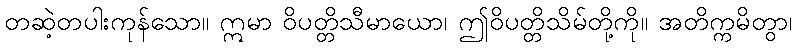
တဆဲ့တပါးကုန်သော။ ဣမာ ဝိပတ္တိသီမာယော၊ ဤဝိပတ္တိသိမ်တို့ကို။ အတိက္ကမိတွာ၊